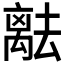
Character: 𬓞